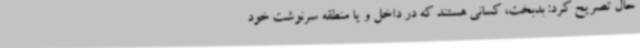
حال تصریح کرد: بدبخت، کسانی هستند که در داخل و یا منطقه سرنوشت خود